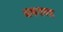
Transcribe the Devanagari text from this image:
अकरारुद्र